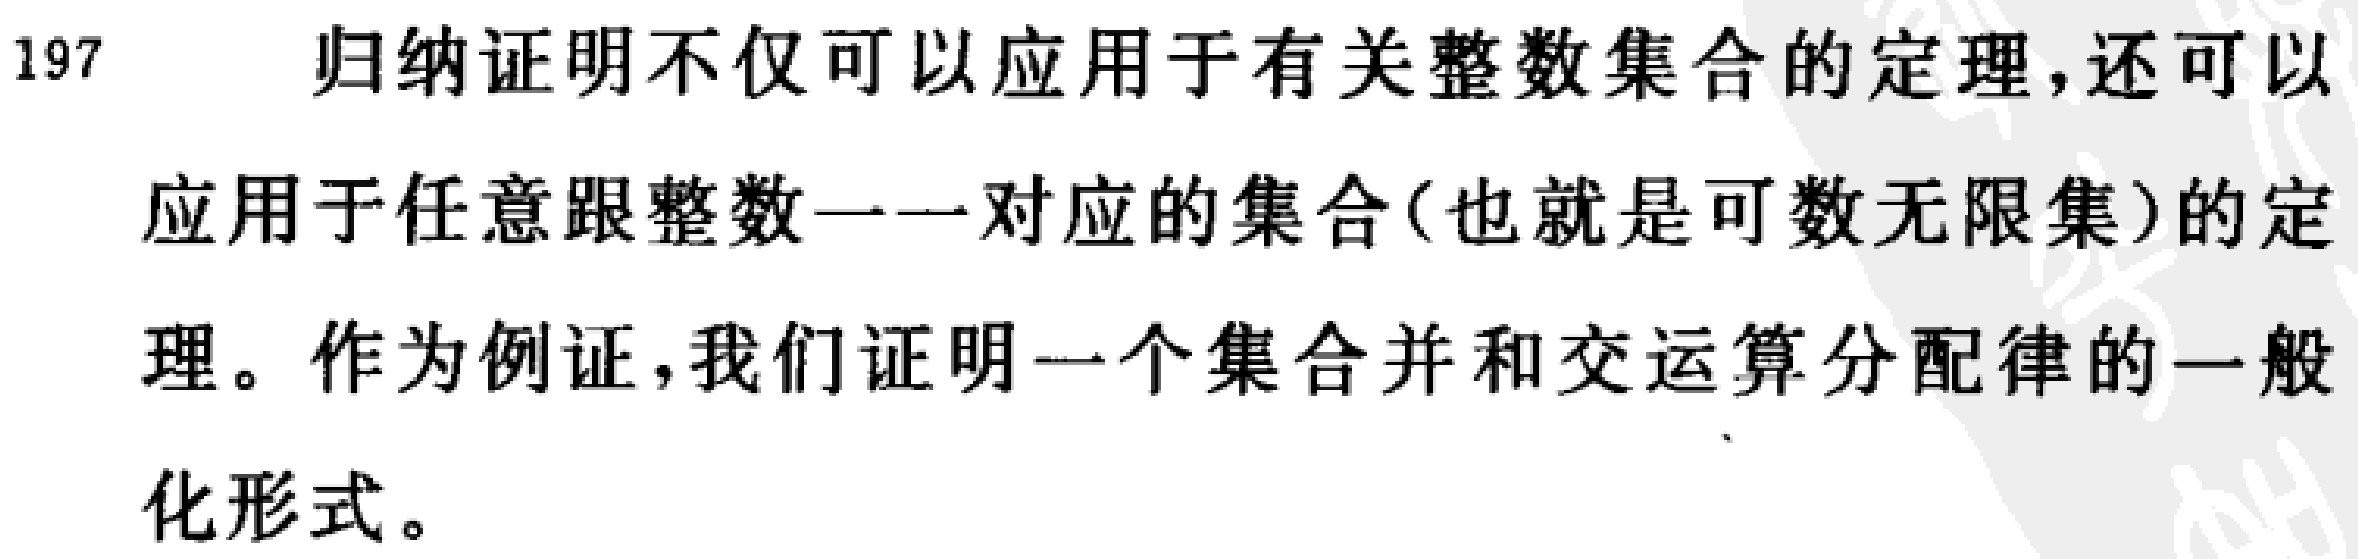
归纳证明不仅可以应用于有关整数集合的定理,还可以应用于任意跟整数一一对应的集合(也就是可数无限集)的定理。作为例证,我们证明一个集合并和交运算分配律的一般化形式。